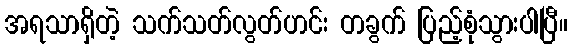
အရသာရှိတဲ့ သက်သတ်လွတ်ဟင်း တခွက် ပြည့်စုံသွားပါပြီ။